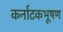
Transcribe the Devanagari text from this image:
कर्नाटकभूषण